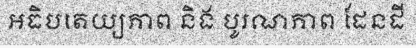
អធិបតេយ្យភាព និង បូរណភាព ដែនដី